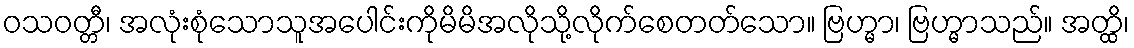
ဝသဝတ္တီ၊ အလုံးစုံသောသူအပေါင်းကိုမိမိအလိုသို့လိုက်စေတတ်သော။ ဗြဟ္မာ၊ ဗြဟ္မာသည်။ အတ္ထိ၊